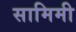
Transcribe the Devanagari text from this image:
सामिमी